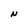
Character: N